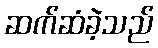
ဆက်ဆံခဲ့သည်